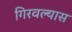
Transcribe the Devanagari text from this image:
गिरवल्यास